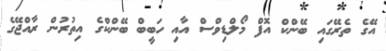
އޭގެ ތެރޭގައި ބޭންކް އޮފް މޯލްޑިވްސް އާއި ހަބީބް ބޭންކްގެ އިތުރުން ރާއްޖޭގެ